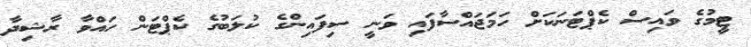
ޓީމުގެ ވައިސް ކެޕްޓަނަކަށް ހަމަޖައްސާފައި ވަނީ ސިފައިންގެ ކުލަބުގެ ކެޕްޓަން ހައްވާ ރާޝިދާ